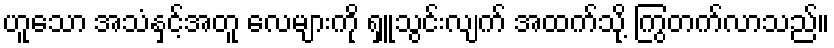
ဟူသော အသံနှင့်အတူ လေများကို ရှူသွင်းလျက် အထက်သို့ ကြွတက်လာသည်။